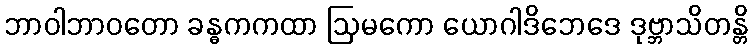
ဘာဝါဘာဝတော ခန္ဓကကထာ ဩမကော ယောဂါဒိဘေဒေ ဒုဗ္ဘာသိတန္တိ